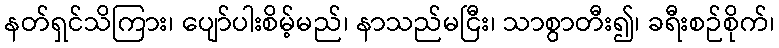
နတ်ရှင်သိကြား၊ ပျော်ပါးစိမ့်မည်၊ နာသည်မငြီး၊ သာစွာတီး၍၊ ခရီးစဉ်စိုက်၊